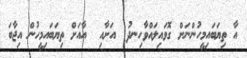
އާ ތިޔަބައިމީހުންނަށް ގޮވައިލައްވާހިނދު  އަށާއި  އާއަށް ތިޔަބައިމީހުން އިޖާބަ